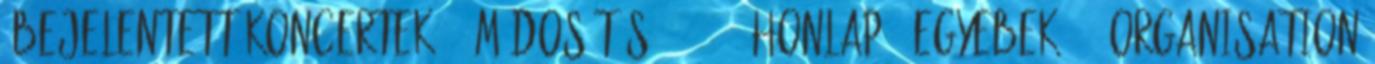
'Bejelentett koncertek' » módosítás 09-04-19 Honlap: 'Egyebek' - 'Organisation